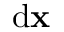
{ \mathrm { d } } \mathbf { x }